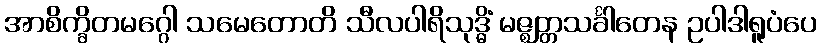
အာစိက္ခိတမဂ္ဂေါ သမေတောတိ သီလပါရိသုဒ္ဓိံ မဇ္ဈတ္တသင်္ခါတေန ဥပါဒါရူပံပေ